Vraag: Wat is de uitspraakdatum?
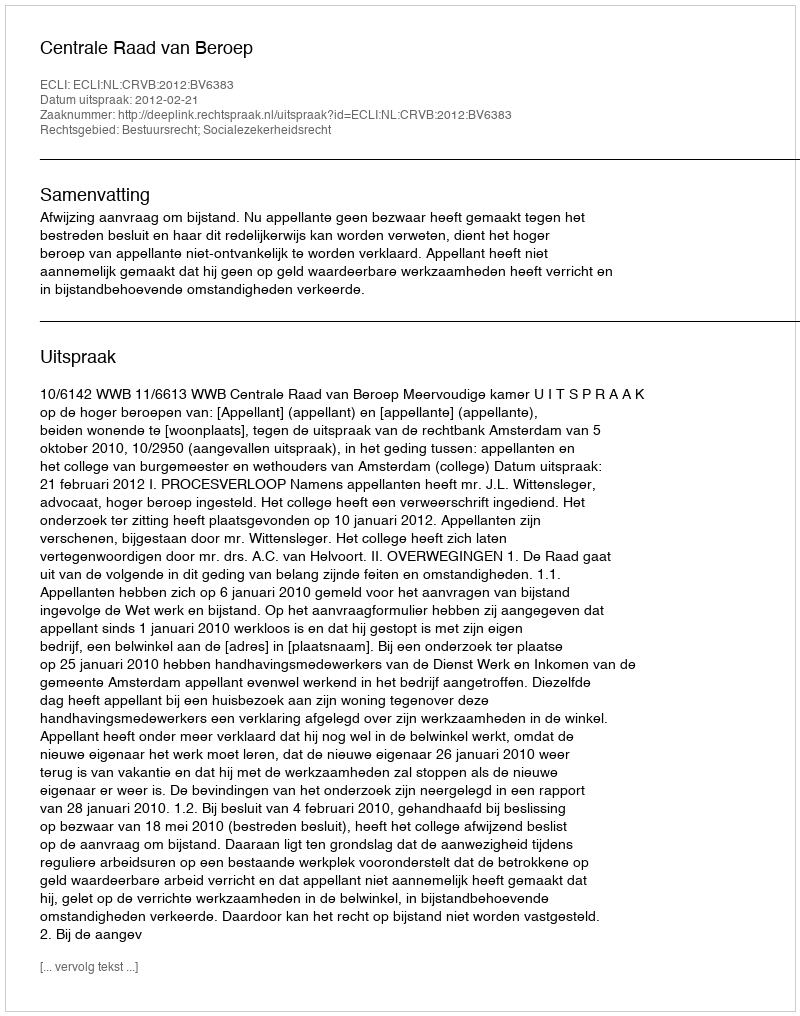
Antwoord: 2012-02-21